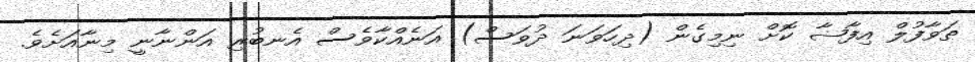
ޠަވާފުލް އިފާޟާ ކޮށް ނިމިގެން (ދިހަވަނަ ދުވަސް) އަނެއްކާވެސް އެނބުރި އަންނާނީ މިނާއަށެވެ.